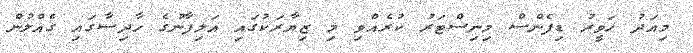
މިއަދު ހަވީރު ޑިފެންސް މިނިސްޓަރު ކުރެއްވި މި ޒިޔާރަކުގައި އަލިފާނުގެ ހާދިސާގައި ގެއްލުން